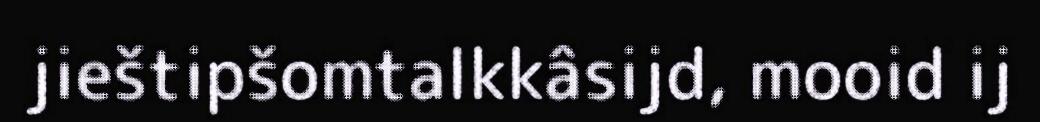
jieštipšomtalkkâsijd, mooid ij